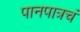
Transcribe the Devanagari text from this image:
पानपात्रचं